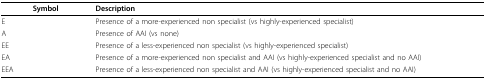
<table><thead><tr><td><b>Symbol</b></td><td><b>Description</b></td></tr></thead><tbody><tr><td>E</td><td>Presence of a more-experienced non specialist (vs highly-experienced specialist)</td></tr><tr><td>A</td><td>Presence of AAI (vs none)</td></tr><tr><td>EE</td><td>Presence of a less-experienced non specialist (vs highly-experienced specialist)</td></tr><tr><td>EA</td><td>Presence of a more-experienced non specialist and AAI (vs highly-experienced specialist and no AAI)</td></tr><tr><td>EEA</td><td>Presence of a less-experienced non specialist and AAI (vs highly-experienced specialist and no AAI)</td></tr></tbody></table>